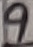
Text: 9